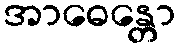
အာဓေန္တော